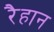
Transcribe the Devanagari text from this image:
रैहान